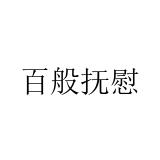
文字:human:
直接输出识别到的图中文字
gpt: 百般抚慰